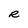
Character: R